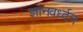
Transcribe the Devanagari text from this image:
ज्ञानवर्ध्दन